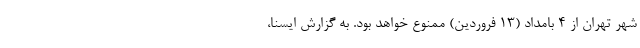
شهر تهران از ۴ بامداد (۱۳ فروردین) ممنوع خواهد بود. به گزارش ایسنا،